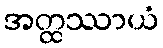
အတ္ထဿာယံ